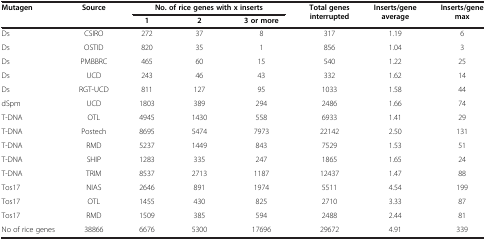
<table><thead><tr><td><b>Mutagen</b></td><td><b>Source</b></td><td colspan="3"><b>No. of rice genes with x inserts</b></td><td><b>Total genes interrupted</b></td><td><b>Inserts/gene average</b></td><td><b>Inserts/gene max</b></td></tr><tr><td><b> </b></td><td><b> </b></td><td><b>1</b></td><td><b>2</b></td><td><b>3 or more</b></td><td><b> </b></td><td><b> </b></td><td><b> </b></td></tr></thead><tbody><tr><td>Ds</td><td>CSIRO</td><td>272</td><td>37</td><td>8</td><td>317</td><td>1.19</td><td>6</td></tr><tr><td>Ds</td><td>OSTID</td><td>820</td><td>35</td><td>1</td><td>856</td><td>1.04</td><td>3</td></tr><tr><td>Ds</td><td>PMBBRC</td><td>465</td><td>60</td><td>15</td><td>540</td><td>1.22</td><td>25</td></tr><tr><td>Ds</td><td>UCD</td><td>243</td><td>46</td><td>43</td><td>332</td><td>1.62</td><td>14</td></tr><tr><td>Ds</td><td>RGT-UCD</td><td>811</td><td>127</td><td>95</td><td>1033</td><td>1.58</td><td>44</td></tr><tr><td>dSpm</td><td>UCD</td><td>1803</td><td>389</td><td>294</td><td>2486</td><td>1.66</td><td>74</td></tr><tr><td>T-DNA</td><td>OTL</td><td>4945</td><td>1430</td><td>558</td><td>6933</td><td>1.41</td><td>29</td></tr><tr><td>T-DNA</td><td>Postech</td><td>8695</td><td>5474</td><td>7973</td><td>22142</td><td>2.50</td><td>131</td></tr><tr><td>T-DNA</td><td>RMD</td><td>5237</td><td>1449</td><td>843</td><td>7529</td><td>1.53</td><td>51</td></tr><tr><td>T-DNA</td><td>SHIP</td><td>1283</td><td>335</td><td>247</td><td>1865</td><td>1.65</td><td>24</td></tr><tr><td>T-DNA</td><td>TRIM</td><td>8537</td><td>2713</td><td>1187</td><td>12437</td><td>1.47</td><td>88</td></tr><tr><td>Tos17</td><td>NIAS</td><td>2646</td><td>891</td><td>1974</td><td>5511</td><td>4.54</td><td>199</td></tr><tr><td>Tos17</td><td>OTL</td><td>1455</td><td>430</td><td>825</td><td>2710</td><td>3.33</td><td>87</td></tr><tr><td>Tos17</td><td>RMD</td><td>1509</td><td>385</td><td>594</td><td>2488</td><td>2.44</td><td>81</td></tr><tr><td>No of rice genes</td><td>38866</td><td>6676</td><td>5300</td><td>17696</td><td>29672</td><td>4.91</td><td>339</td></tr></tbody></table>